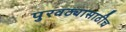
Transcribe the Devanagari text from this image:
पुरवठ्यासाठीच